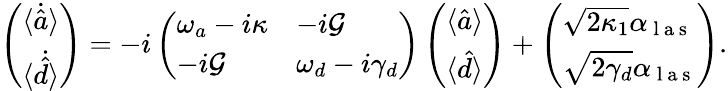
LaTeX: \left(\begin{array}{l}{\langle\dot{\hat{a}}\rangle}\\ {\langle\dot{\hat{d}}\rangle}\end{array}\right)=-i\left(\begin{array}{ll}{\omega_{a}-i\kappa}&{-i\mathcal{G}}\\ {-i\mathcal{G}}&{\omega_{d}-i\gamma_{d}}\end{array}\right)\left(\begin{array}{l}{\langle{\hat{a}}\rangle}\\ {\langle{\hat{d}}\rangle}\end{array}\right)+\left(\begin{array}{l}{\sqrt{2\kappa_{1}}\alpha_{\mathrm{~l~a~s~}}}\\ {\sqrt{2\gamma_{d}}\alpha_{\mathrm{~l~a~s~}}}\end{array}\right).